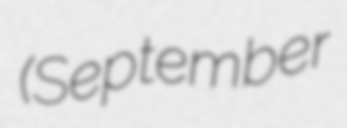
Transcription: (September